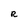
Character: R